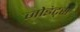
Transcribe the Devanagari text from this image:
जोइंट्स